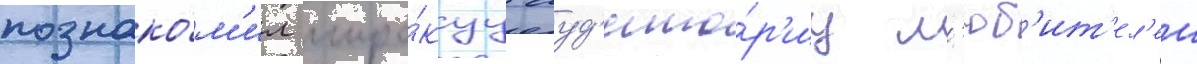
познако́м'ил широ́куу ауд'ито́р'иу л'юб'ит'ел'еи